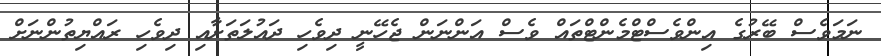
ނަމަވެސް ބޭރުގެ އިންވެސްޓްމެންޓްތައް ވެސް އަންނަން ޖެހޭނީ ދިވެހި ދައުލަތަށާއި ދިވެހި ރައްޔިތުންނަށް